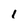
Character: 1